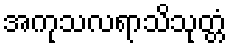
အကုသလရာသိသုတ္တံ